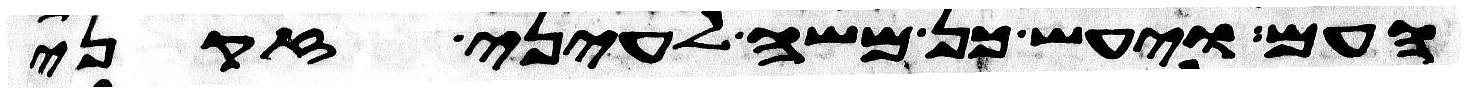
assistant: העם ויעש כן משה לעיני זקני